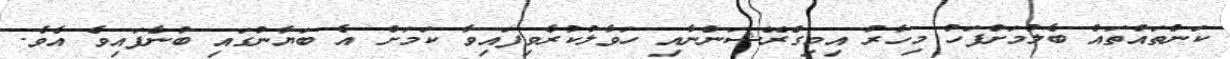
ކަންތައްތައް ބެލުމަށްފަހު މިހާރު އިމިގްރޭޝަންނާއި ހަވާލުކުރެވިފައިވާ ކަމަށް އެ ބަޔާނުގައި ބުނެފައިވެ އެވެ.